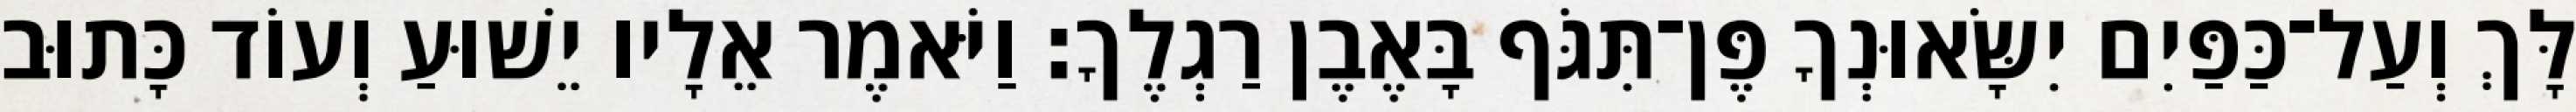
לָּךְ וְעַל־כַּפַּיִם יִשָּׂאוּנְךָ פֶּן־תִּגֹּף בָּאֶבֶן רַגְלֶךָ׃ וַיֹּאמֶר אֵלָיו יֵשׁוּעַ וְעוֹד כָּתוּב